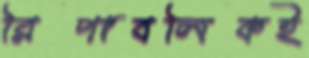
রিপাবলিকই